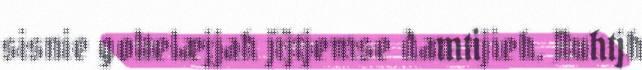
sisnie goltelæjjah jïjtjemse damtijieh. Nuhtjh